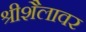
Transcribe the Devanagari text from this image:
श्रीशैलावर